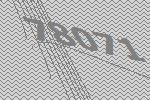
78071